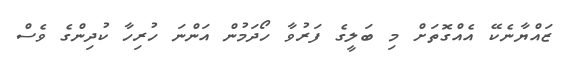
ޒައްޔާނެކޭ އެއްގޮތަށް މި ބަލީގެ ފަރުވާ ހޯދަމުން އަންނަ ހުރިހާ ކުދިންގެ ވެސް